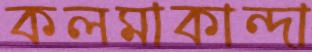
কলমাকান্দা